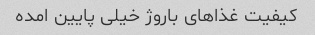
کیفیت غذاهای باروژ خیلی پایین امده